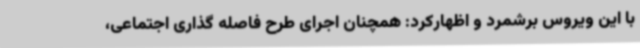
با این ویروس برشمرد و اظهارکرد: همچنان اجرای طرح فاصله گذاری اجتماعی،